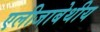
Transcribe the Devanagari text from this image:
एलीजाबेथीय